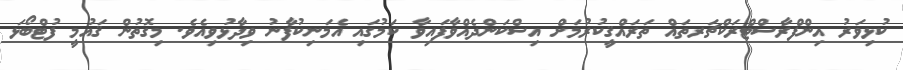
ކުޅިވަރު އިންފްރާސްޓްރަކްޗަރތައް ތަރައްޤީކުރުމަށް އިސްކަންދެއްވާފައިވާ ކަމުގައި އެމަނިކުފާނު ވިދާޅުވިއެވެ. މިގޮތުން ޤައުމީ ފުޓްބޯޅަ